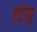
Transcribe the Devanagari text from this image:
एट्रेयु